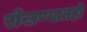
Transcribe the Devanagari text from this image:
रोखण्यातही